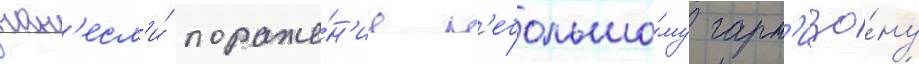
нан'есл'и́ пораже́н'ие н'ебольшо́му гарн'изо́ну